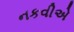
નકવીએ